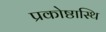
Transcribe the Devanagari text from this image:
प्रकोष्ठास्थि